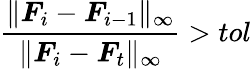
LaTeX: \frac{\lVert\boldsymbol{F}_{i}-\boldsymbol{F}_{i-1}\rVert_{\infty}}{\lVert\boldsymbol{F}_{i}-\boldsymbol{F}_{t}\rVert_{\infty}}>tol